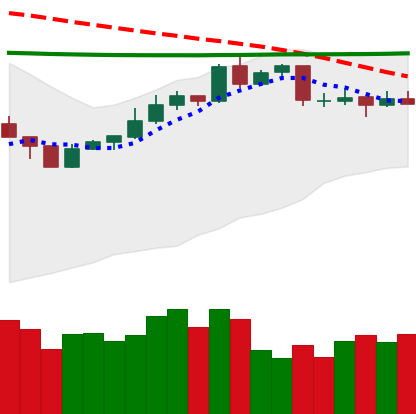
Ticker: XMR-USD
Chart end date: 2020-04-15
Forward return: 3.605%
Label: up_3_5